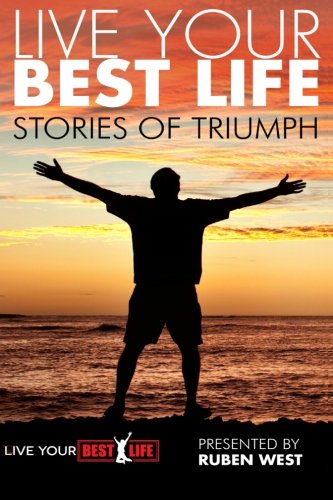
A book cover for Live Your BEST Life: Stories of Triumph (Life Your BEST Life) (Volume 1); Dr. Ruben West; Self-Help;